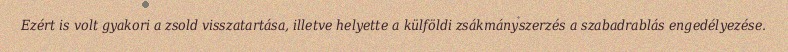
Ezért is volt gyakori a zsold visszatartása, illetve helyette a külföldi zsákmányszerzés a szabadrablás engedélyezése.